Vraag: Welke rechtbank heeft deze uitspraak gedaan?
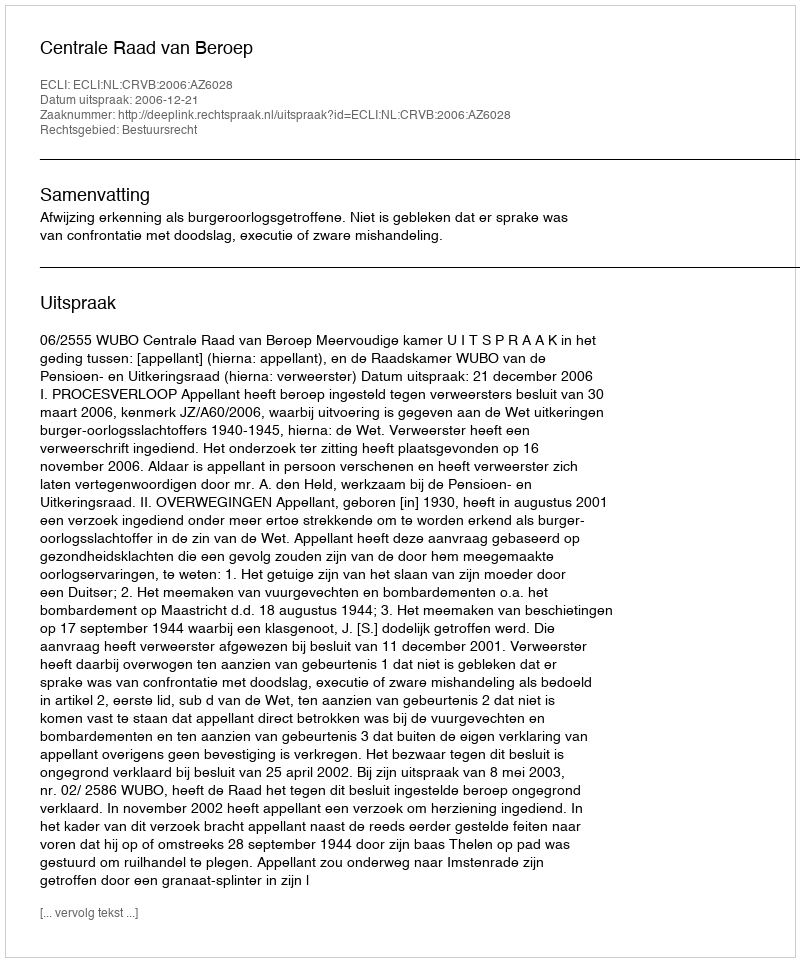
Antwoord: Centrale Raad van Beroep